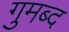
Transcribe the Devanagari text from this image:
गुमब्द